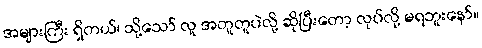
အများကြီး ရှိတယ်၊ သို့သော် လူ အတူတူပဲလို့ ဆိုပြီးတော့ လုပ်လို့ မရဘူးနော်။